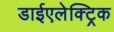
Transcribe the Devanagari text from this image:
डाईएलेक्ट्रिक